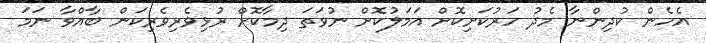
އެހެން ކުދިންނާ މެދު ހަރުކަށިކޮށް އަމަލުކޮށް ނުވަތަ ދިމާކޮށް ރުޅިވެރިވެރިކަން ބާއްވާ ނަމަ